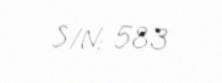
S/N: 583